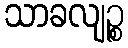
သာခလျဉ္စ